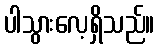
ပါသွားလေ့ရှိသည်။